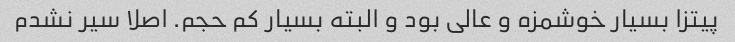
پیتزا بسیار خوشمزه و عالی بود و البته بسیار کم حجم. اصلا سیر نشدم